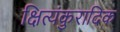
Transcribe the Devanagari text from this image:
क्षित्यंकुरादिक